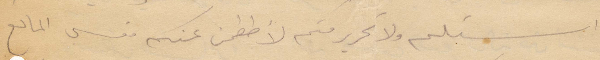
استلم ولا تحرير منكم لاططمن عنكم فعسى المانع